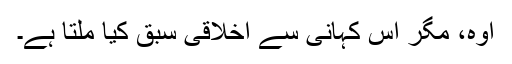
اوہ، مگر اس کہانی سے اخلاقی سبق کیا ملتا ہے۔